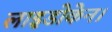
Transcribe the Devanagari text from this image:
लाइडोकेन।